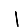
Digit: 1